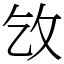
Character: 㩿